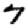
Digit: 7